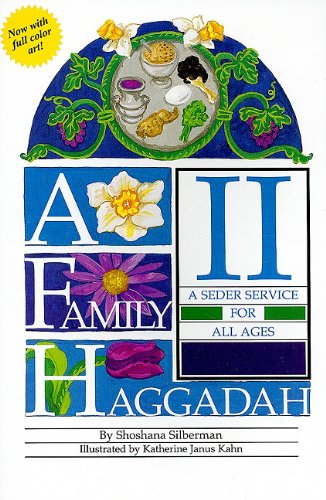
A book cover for A Family Haggadah II; Shoshana Silberman; Children's Books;